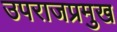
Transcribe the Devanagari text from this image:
उपराजप्रमुख